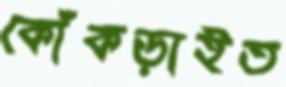
কোঁকড়াইত